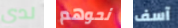
لدي نحوهم آسف